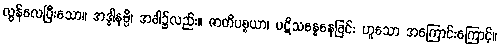
လွန်လေပြီးသော။ အဒ္ဓါနမ္ပိ၊ အခါ၌လည်း။ ဇာတိပစ္စယာ၊ ပဋိသန္ဓေနေခြင်း ဟူသော အကြောင်းကြောင့်။